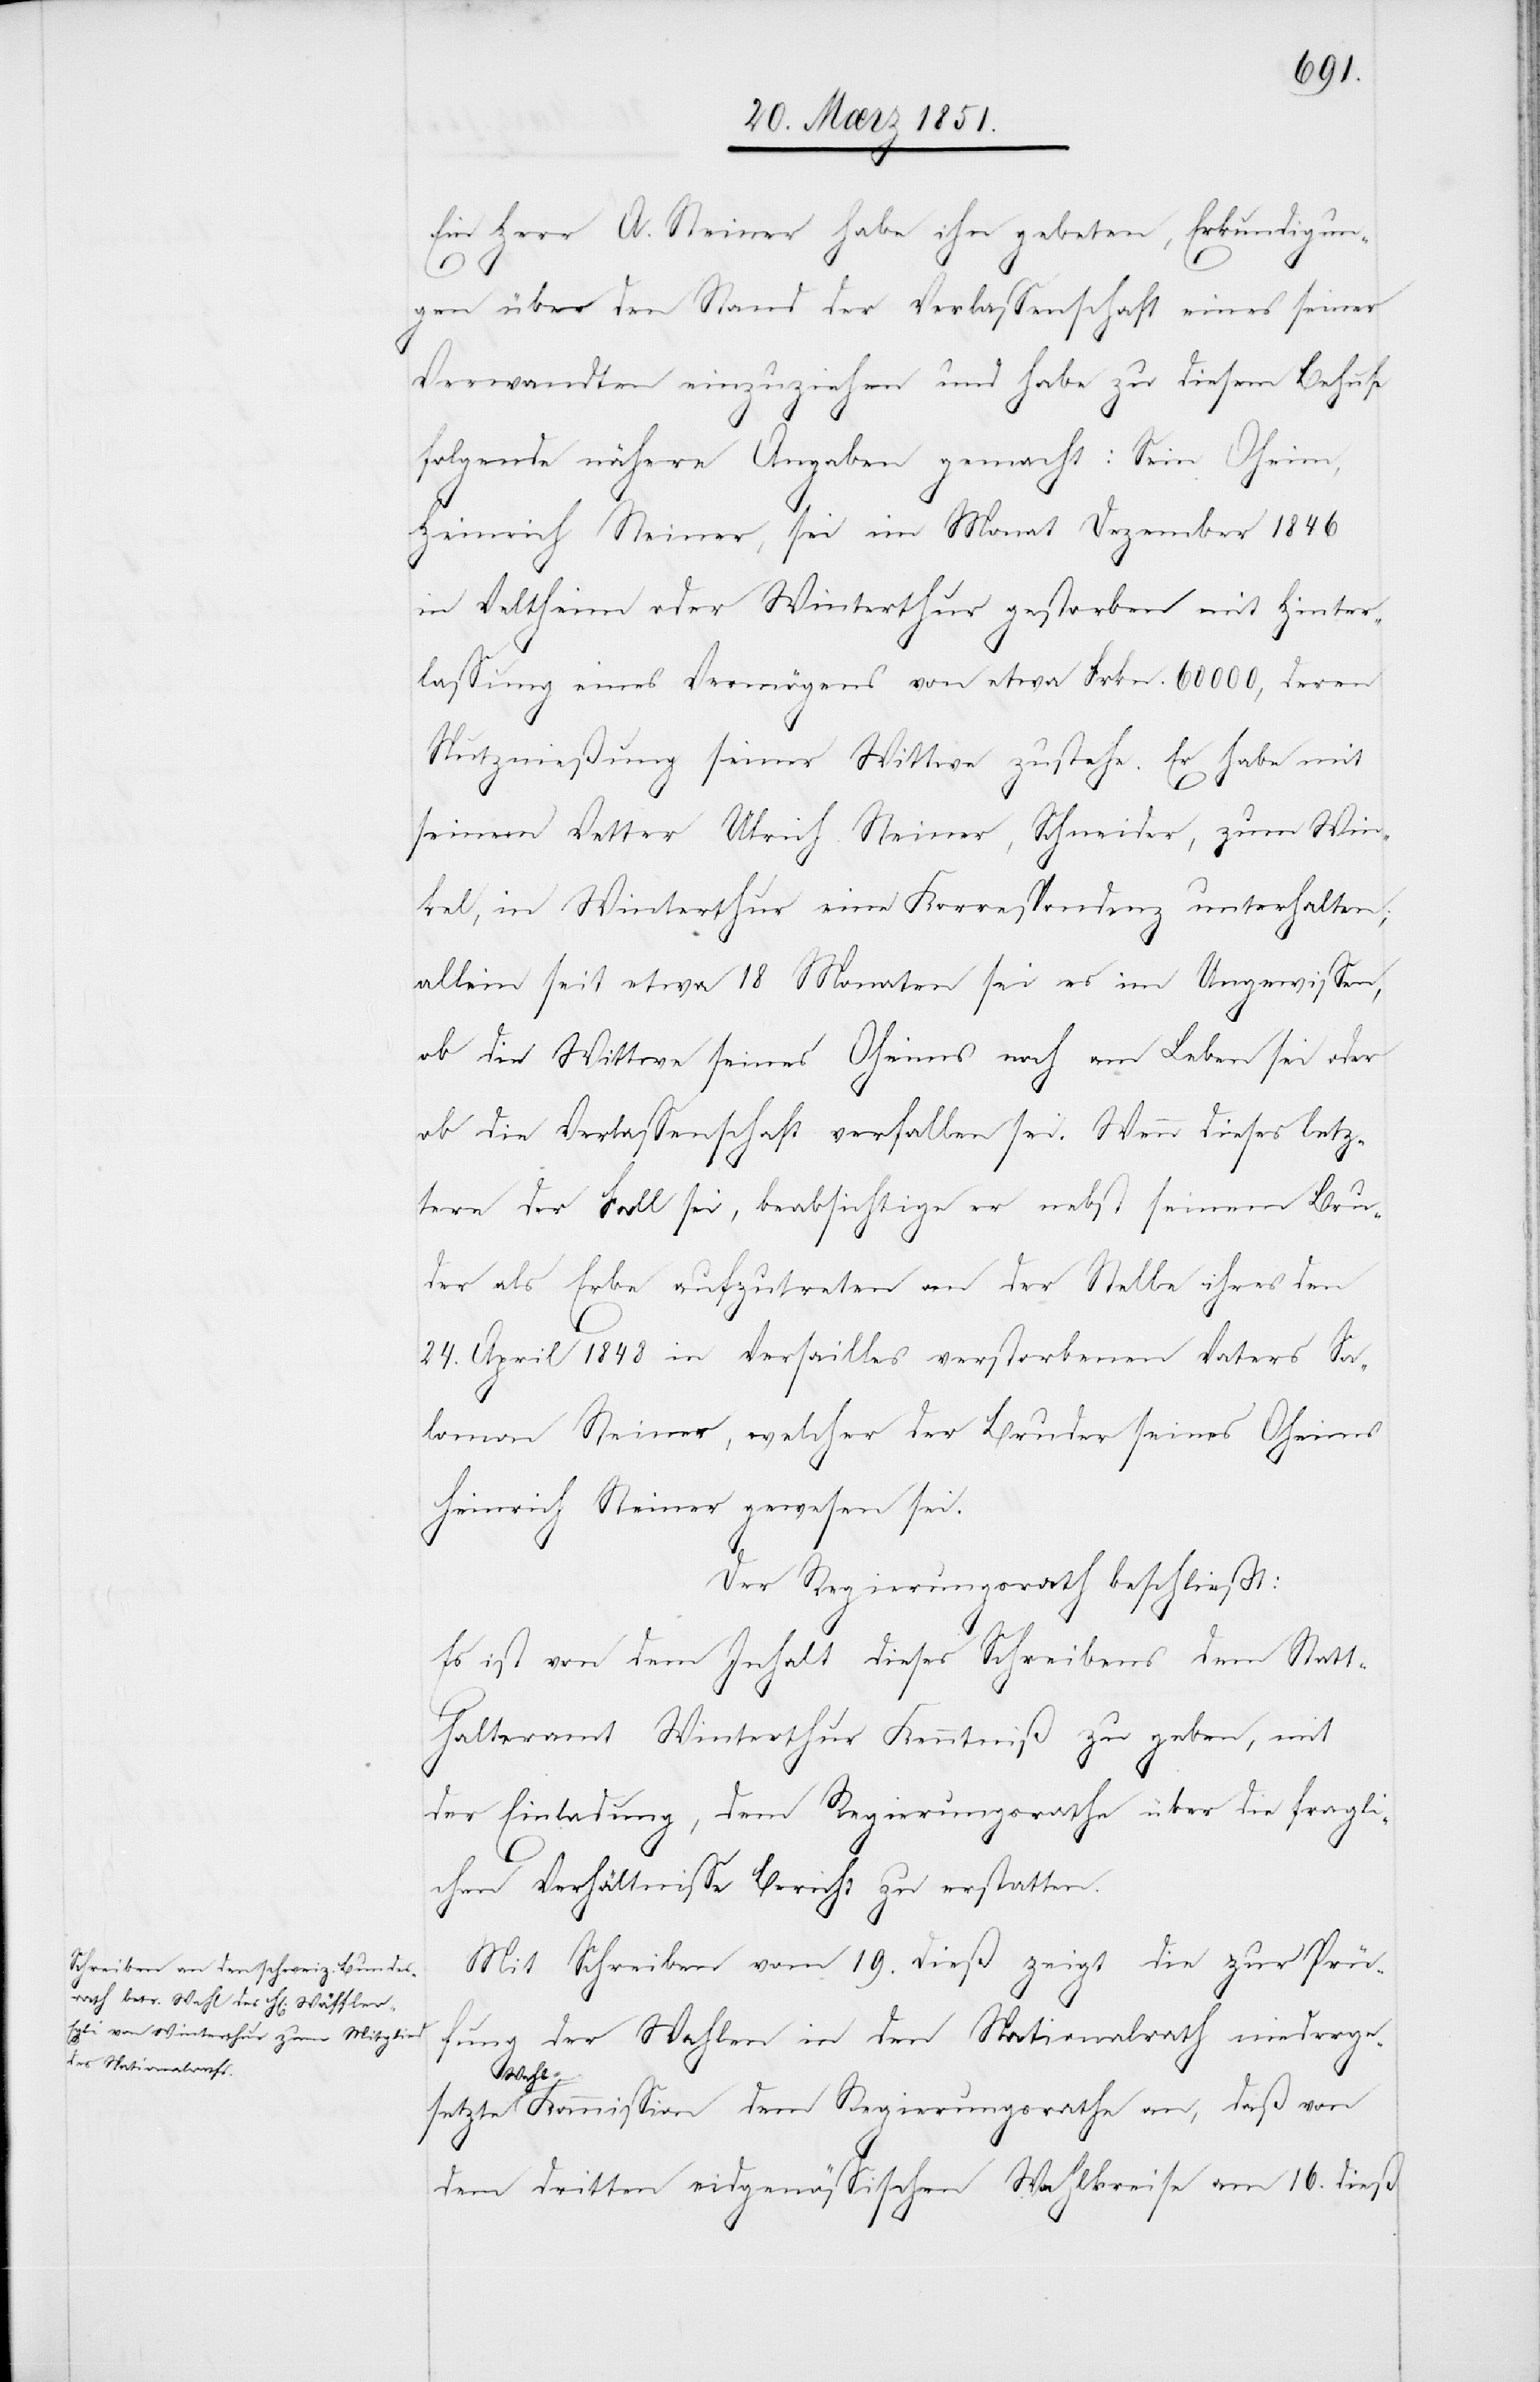
Ein Herr A. Steiner habe ihn gebeten, Erkundigun¬
gen über den Stand der Verlassenschaft eines seiner
Verwandten einzuziehen und habe zu diesem Behufe
folgende nähere Angaben gemacht: Sein Oheim,
Heinrich Steiner, sei im Monat Dezember 1846
in Veltheim oder Winterthur gestorben mit Hinter¬
lassung eines Vermögens von etwa Frkn. 60000, deren
Nutznießung seiner Wittwe zustehe. Er habe mit
seinem Vetter Ulrich Steiner, Schneider, zum Win¬
kel, in Winterthur eine Korrespondenz unterhalten;
allein seit etwa 18 Monaten sei es im Ungewissen,
ob die Wittwe seines Oheims noch am Leben sei oder
ob die Verlassenschaft verfallen sei. Wenn dieses letz¬
tere der Fall sei, beabsichtige er nebst seinem Bru¬
der als Erbe aufzutreten an der Stelle ihres den
24. April 1848 in Versailles verstorbenen Vaters Sa¬
lomon Steiner, welcher der Bruder seines Oheims
Heinrich Steiner gewesen sei.
Der Regierungsrath beschließt:
Es ist von dem Inhalt dieses Schreibens dem Statt¬
halteramt Winterthur Kenntniß zu geben, mit
der Einladung, dem Regierungsrathe über die fragli¬
chen Verhältnisse Bericht zu erstatten.
Mit Schreiben vom 19. dieß zeigt die zur Prü¬
fung der Wahlen in den Nationalrath niederge¬
setzte Wahl-Kommission dem Regierungsrathe an, daß von
dem dritten eidgenössischen Wahlkreise am 16. dieß